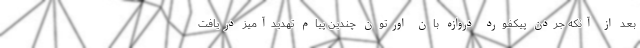
بعد از آنکه جردن پیکفورد دروازه بان اورتون چندین پیام تهدیدآمیز دریافت